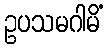
ဥပသမဂါမိံ